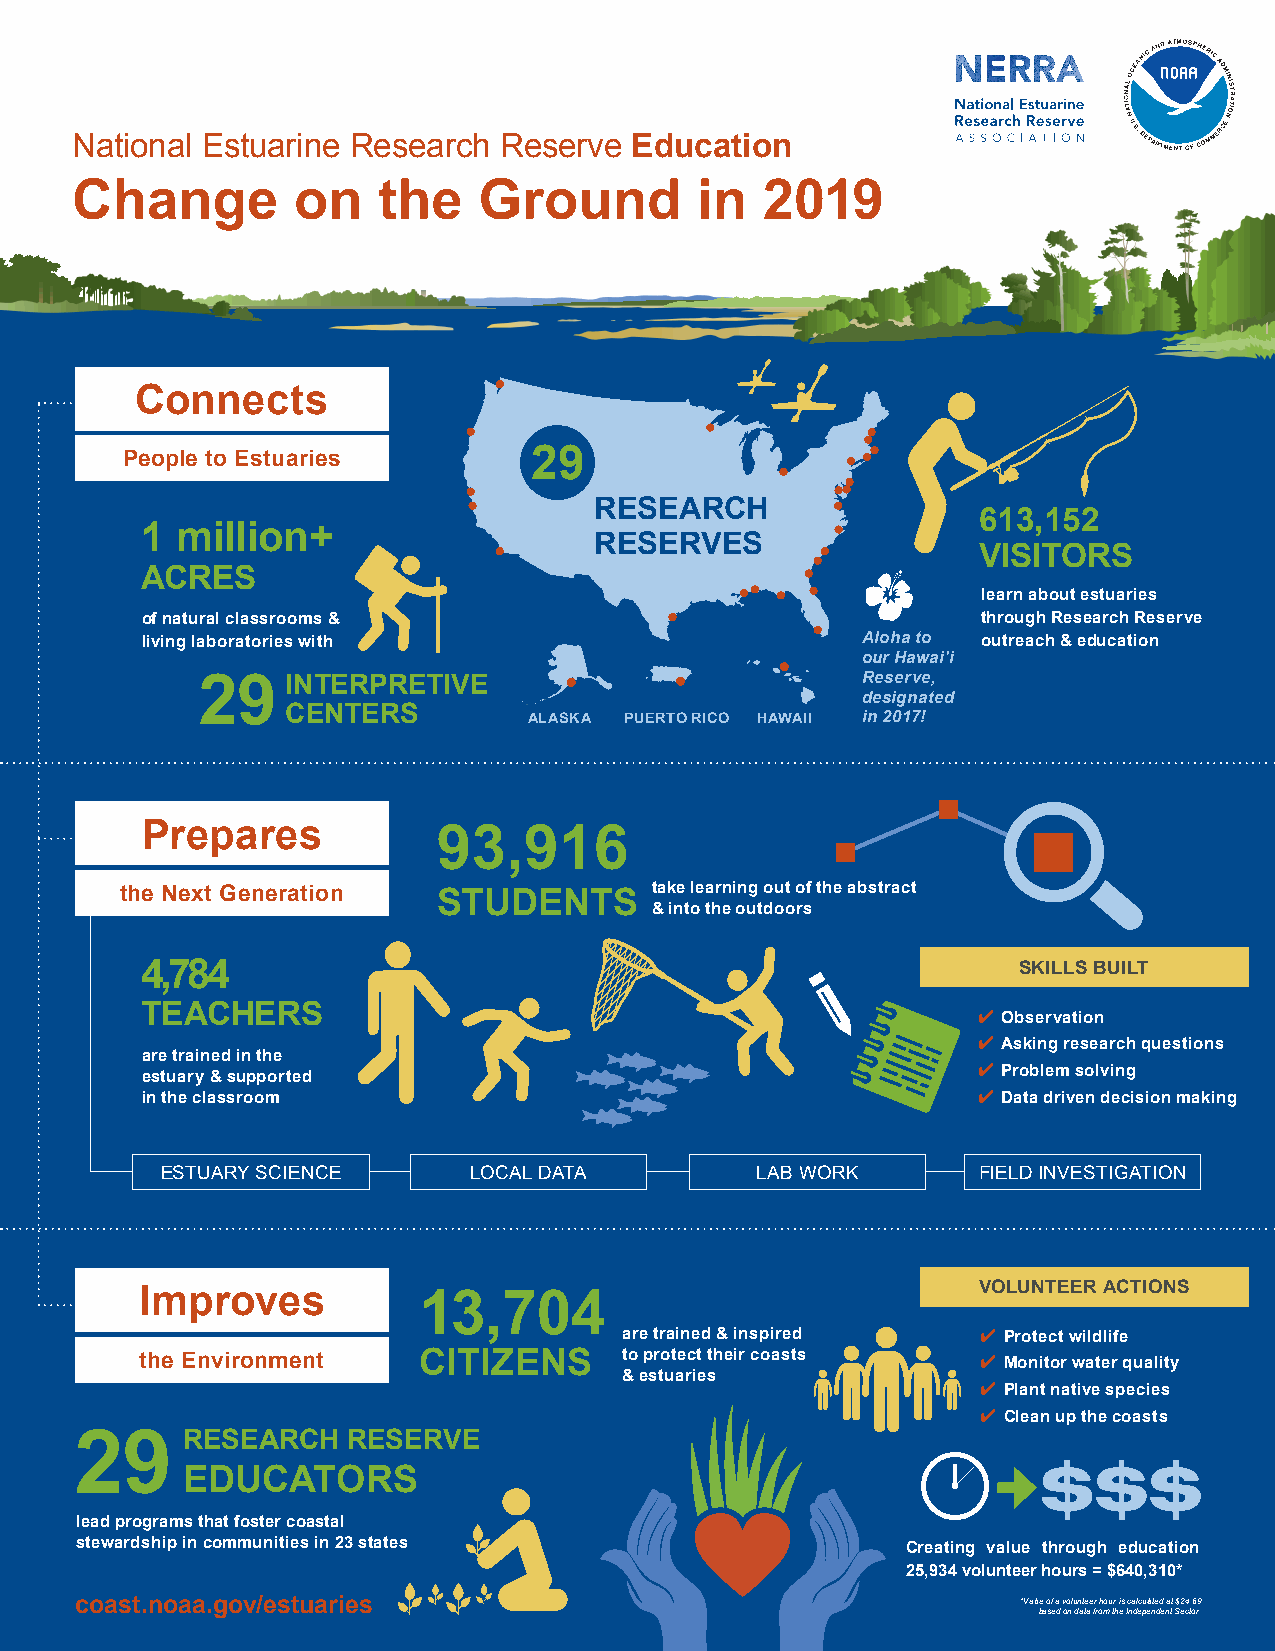
National Estuarine Research Reserve  Education
 Change        on    the    Ground        in  2019
 Connects
 People to Estuaries        29
 RESEARCH
 613,152
 1  million+
 RESERVES
 VISITORS
 ACRES
 learn about estuaries
 of natural classrooms &                                 through Research Reserve
 living laboratories with                        Aloha to outreach & education
 our Hawai'i
 29    INTERPRETIVE                          Reserve,
 designated
 CENTE RS        ALASKA PUERTO RICO HAWAII in 2017!
 Prepares
 93,916
 the Next Generation  STUDENTS      take learning out of the abstract
 & into the outdoors
 4,784                                                     SKILLS BUILT
 TEACHERS                                                4 Observation
 4 Asking research questions
 are trained in the
 estuary & supported                                     4 Problem solving
 in the classroom                                        4 Data driven decision making
 ESTUARY SCIENCE     LOCAL DATA         LAB WORK       FIELD INVESTIGATION
 VOLUNTEER ACTIONS
 Improves           13,704
 are trained & inspired  4 Protect wildlife
 the Environment    CITIZENS     to protect their coasts 4 Monitor water quality
 & estuaries
 4 Plant native species
 4 Clean up the coasts
 29     RESEARCH   RESERVE
 EDUCATORS
 lead programs that foster coastal
 stewardship in communities in 23 states                Creating value through education
 25,934 volunteer hours = $640,310*
 coast.noaa.gov/estuaries                                       *Value of a volunteer hour is calculated at $24.69
 based on data from the Independent Sector.